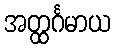
အတ္ထင်္ဂမာယ